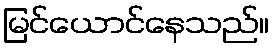
မြင်ယောင်နေသည်။